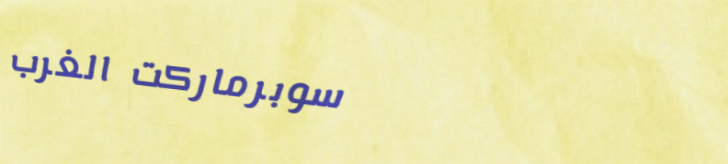
سوبرماركت الغرب